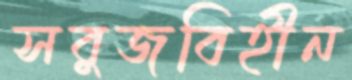
সবুজবিহীন